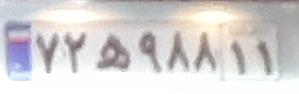
۷۲ه۹۸۸۱۱